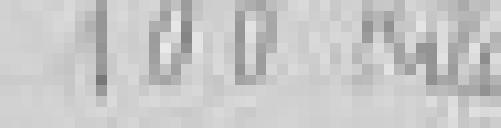
entrée : 100 kilos